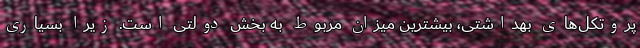
پروتکل‌های بهداشتی، بیشترین میزان مربوط به بخش دولتی است. زیرا بسیاری